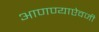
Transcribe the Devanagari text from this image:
आणण्याऐवजी